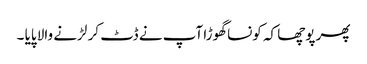
پھر پوچھا کہ کونسا گھوڑا آپ نے ڈٹ کر لڑنے والا پایا ۔